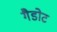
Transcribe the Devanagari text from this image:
गैडोट